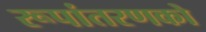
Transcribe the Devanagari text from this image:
रूपांतरणको